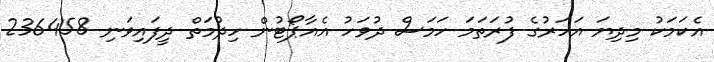
އެކަމަކު މިދިޔަ އަހަރުގެ ފުރަތަމަ ހަމަސް ދުވަހު އެއާޕޯޓުން ހިދުމަތް ދީފައިވަނި 236458